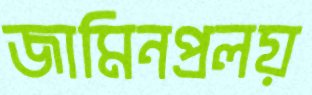
জামিনপ্রলয়